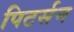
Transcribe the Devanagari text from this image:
पिटर्सन